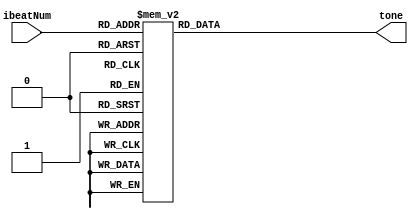
//
//
//
//

`define NM1 32'd466 //bB_freq
`define NM2 32'd523 //C_freq
`define NM3 32'd587 //D_freq
`define NM4 32'd622 //bE_freq
`define NM5 32'd698 //F_freq
`define NM6 32'd784 //G_freq
`define NM7 32'd880 //A_freq
`define NM0 32'd20000 //slience (over freq.)

module Music (
	input [7:0] ibeatNum,	
	output reg [31:0] tone
);

always @(*) begin
	case (ibeatNum)		// 1/4 beat
		8'd0 : tone = `NM0;	//3
		8'd1 : tone = `NM3;
		8'd2 : tone = `NM3;
		8'd3 : tone = `NM3;
		8'd4 : tone = `NM1;	//1
		8'd5 : tone = `NM1;
		8'd6 : tone = `NM1;
		8'd7 : tone = `NM1;
		8'd8 : tone = `NM2;	//2
		8'd9 : tone = `NM2;
		8'd10 : tone = `NM2;
		8'd11 : tone = `NM2;
		8'd12 : tone = `NM6 >> 1;	//6-
		8'd13 : tone = `NM6 >> 1;
		8'd14 : tone = `NM6 >> 1;
		8'd15 : tone = `NM6 >> 1;
		
		8'd16 : tone = `NM3;
		8'd17 : tone = `NM3;
		8'd18 : tone = `NM2;
		8'd19 : tone = `NM2;
		8'd20 : tone = `NM1;
		8'd21 : tone = `NM1;
		8'd22 : tone = `NM2;
		8'd23 : tone = `NM2;
		8'd24 : tone = `NM6 >> 1;
		8'd25 : tone = `NM6 >> 1;
		8'd26 : tone = `NM6 >> 1;
		8'd27 : tone = `NM6 >> 1;
		8'd28 : tone = `NM0;
		8'd29 : tone = `NM0;
		8'd30 : tone = `NM0;
		8'd31 : tone = `NM0;
		
		8'd32 : tone = `NM3;
		8'd33 : tone = `NM3;
		8'd34 : tone = `NM3;
		8'd35 : tone = `NM3;
		8'd36 : tone = `NM1;
		8'd37 : tone = `NM1;
		8'd38 : tone = `NM1;
		8'd39 : tone = `NM1;
		8'd40 : tone = `NM2;
		8'd41 : tone = `NM2;
		8'd42 : tone = `NM2;
		8'd43 : tone = `NM2;
		8'd44 : tone = `NM2;
		8'd45 : tone = `NM2;
		8'd46 : tone = `NM2;
		8'd47 : tone = `NM2;
		
		8'd48 : tone = `NM5;
		8'd49 : tone = `NM5;
		8'd50 : tone = `NM3;
		8'd51 : tone = `NM3;
		8'd52 : tone = `NM7 >> 1;
		8'd53 : tone = `NM7 >> 1;
		8'd54 : tone = `NM7 >> 1;
		8'd55 : tone = `NM7 >> 1;
		8'd56 : tone = `NM1;
		8'd57 : tone = `NM1;
		8'd58 : tone = `NM1;
		8'd59 : tone = `NM1;
		8'd60 : tone = `NM1;
		8'd61 : tone = `NM1;
		8'd62 : tone = `NM7 >> 1;
		8'd63 : tone = `NM7 >> 1;
		
		8'd64 : tone = `NM6 >> 1;
		8'd65 : tone = `NM6 >> 1;
		8'd66 : tone = `NM6 >> 1;
		8'd67 : tone = `NM6 >> 1;
		8'd68 : tone = `NM7 >> 1;
		8'd69 : tone = `NM7 >> 1;
		8'd70 : tone = `NM1;
		8'd71 : tone = `NM1;
		8'd72 : tone = `NM2;
		8'd73 : tone = `NM2;
		8'd74 : tone = `NM2;
		8'd75 : tone = `NM2;
		8'd76 : tone = `NM5 >> 1;
		8'd77 : tone = `NM5 >> 1;
		8'd78 : tone = `NM5 >> 1;
		8'd79 : tone = `NM5 >> 1;
		
		8'd80 : tone = `NM6;
		8'd81 : tone = `NM6;
		8'd82 : tone = `NM5;
		8'd83 : tone = `NM5;
		8'd84 : tone = `NM3;
		8'd85 : tone = `NM3;
		8'd86 : tone = `NM3;
		8'd87 : tone = `NM3;
		8'd88 : tone = `NM3;
		8'd89 : tone = `NM3;
		8'd90 : tone = `NM3;
		8'd91 : tone = `NM3;
		8'd92 : tone = `NM3;
		8'd93 : tone = `NM3;
		8'd94 : tone = `NM2;
		8'd95 : tone = `NM2;
		
		8'd96 : tone = `NM1;
		8'd97 : tone = `NM1;
		8'd98 : tone = `NM1;
		8'd99 : tone = `NM1;
		8'd100 : tone = `NM2;
		8'd101 : tone = `NM2;
		8'd102 : tone = `NM3;
		8'd103 : tone = `NM3;
		8'd104 : tone = `NM2;
		8'd105 : tone = `NM2;
		8'd106 : tone = `NM3;
		8'd107 : tone = `NM3;
		8'd108 : tone = `NM2;
		8'd109 : tone = `NM2;
		8'd110 : tone = `NM3;
		8'd111 : tone = `NM5;
		
		8'd112 : tone = `NM5;
		8'd113 : tone = `NM5;
		8'd114 : tone = `NM5;
		8'd115 : tone = `NM0;
		8'd116 : tone = `NM5;
		8'd117 : tone = `NM0;
		8'd118 : tone = `NM5;
		8'd119 : tone = `NM0;
		8'd120 : tone = `NM5;
		8'd121 : tone = `NM0;
		8'd122 : tone = `NM5;
		8'd123 : tone = `NM0;
		8'd124 : tone = `NM5;
		8'd125 : tone = `NM5;
		8'd126 : tone = `NM5;
		8'd127 : tone = `NM0;
		
		8'd128 : tone = `NM3;	//3
		8'd129 : tone = `NM3;
		8'd130 : tone = `NM3;
		8'd131 : tone = `NM3;
		8'd132 : tone = `NM1;	//1
		8'd133 : tone = `NM1;
		8'd134 : tone = `NM1;
		8'd135 : tone = `NM1;
		8'd136 : tone = `NM2;	//2
		8'd137 : tone = `NM2;
		8'd138 : tone = `NM2;
		8'd139 : tone = `NM2;
		8'd140 : tone = `NM6 >> 1;	//6
		8'd141 : tone = `NM6 >> 1;
		8'd142 : tone = `NM6 >> 1;
		8'd143 : tone = `NM6 >> 1;
		
		8'd144 : tone = `NM3;
		8'd145 : tone = `NM3;
		8'd146 : tone = `NM2;
		8'd147 : tone = `NM2;
		8'd148 : tone = `NM1;
		8'd149 : tone = `NM1;
		8'd150 : tone = `NM2;
		8'd151 : tone = `NM2;
		8'd152 : tone = `NM6 >> 1;
		8'd153 : tone = `NM6 >> 1;
		8'd154 : tone = `NM6 >> 1;
		8'd155 : tone = `NM6 >> 1;
		8'd156 : tone = `NM0;
		8'd157 : tone = `NM0;
		8'd158 : tone = `NM0;
		8'd159 : tone = `NM0;
		
		8'd160 : tone = `NM3;
		8'd161 : tone = `NM3;
		8'd162 : tone = `NM3;
		8'd163 : tone = `NM3;
		8'd164 : tone = `NM1;
		8'd165 : tone = `NM1;
		8'd166 : tone = `NM1;
		8'd167 : tone = `NM1;
		8'd168 : tone = `NM2;
		8'd169 : tone = `NM2;
		8'd170 : tone = `NM2;
		8'd171 : tone = `NM2;
		8'd172 : tone = `NM2;
		8'd173 : tone = `NM2;
		8'd174 : tone = `NM2;
		8'd175 : tone = `NM2;
		
		8'd176 : tone = `NM5;
		8'd177 : tone = `NM5;
		8'd178 : tone = `NM3;
		8'd179 : tone = `NM3;
		8'd180 : tone = `NM7 >> 1;
		8'd181 : tone = `NM7 >> 1;
		8'd182 : tone = `NM7 >> 1;
		8'd183 : tone = `NM7 >> 1;
		8'd184 : tone = `NM1;
		8'd185 : tone = `NM1;
		8'd186 : tone = `NM1;
		8'd187 : tone = `NM1;
		8'd188 : tone = `NM1;
		8'd189 : tone = `NM1;
		8'd190 : tone = `NM7 >> 1;
		8'd191 : tone = `NM7 >> 1;
		
		8'd192 : tone = `NM6 >> 1;
		8'd193 : tone = `NM6 >> 1;
		8'd194 : tone = `NM6 >> 1;
		8'd195 : tone = `NM6 >> 1;
		8'd196 : tone = `NM7 >> 1;
		8'd197 : tone = `NM7 >> 1;
		8'd198 : tone = `NM1;
		8'd199 : tone = `NM1;
		8'd200 : tone = `NM2;
		8'd201 : tone = `NM2;
		8'd202 : tone = `NM2;
		8'd203 : tone = `NM2;
		8'd204 : tone = `NM5 >> 1;
		8'd205 : tone = `NM5 >> 1;
		8'd206 : tone = `NM5 >> 1;
		8'd207 : tone = `NM5 >> 1;
		
		8'd208 : tone = `NM6;
		8'd209 : tone = `NM6;
		8'd210 : tone = `NM5;
		8'd211 : tone = `NM5;
		8'd212 : tone = `NM3;
		8'd213 : tone = `NM3;
		8'd214 : tone = `NM3;
		8'd215 : tone = `NM3;
		8'd216 : tone = `NM3;
		8'd217 : tone = `NM3;
		8'd218 : tone = `NM3;
		8'd219 : tone = `NM3;
		8'd220 : tone = `NM3;
		8'd221 : tone = `NM3;
		8'd222 : tone = `NM2;
		8'd223 : tone = `NM2;
		
		8'd224 : tone = `NM1;
		8'd225 : tone = `NM1;
		8'd226 : tone = `NM1;
		8'd227 : tone = `NM1;
		8'd228 : tone = `NM2;
		8'd229 : tone = `NM2;
		8'd230 : tone = `NM3;
		8'd231 : tone = `NM3;
		8'd232 : tone = `NM2;
		8'd233 : tone = `NM2;
		8'd234 : tone = `NM2;
		8'd235 : tone = `NM2;
		8'd236 : tone = `NM5 >> 1;
		8'd237 : tone = `NM5 >> 1;
		8'd238 : tone = `NM5 >> 1;
		8'd239 : tone = `NM5 >> 1;
		
		8'd240 : tone = `NM6 >> 1;
		8'd241 : tone = `NM6 >> 1;
		8'd242 : tone = `NM6 >> 1;
		8'd243 : tone = `NM6 >> 1;
		8'd244 : tone = `NM6 >> 1;
		8'd245 : tone = `NM6 >> 1;
		8'd246 : tone = `NM1;
		8'd247 : tone = `NM1;
		8'd248 : tone = `NM6 >> 1;
		8'd249 : tone = `NM6 >> 1;
		8'd250 : tone = `NM6 >> 1;
		8'd251 : tone = `NM6 >> 1;
		8'd252 : tone = `NM0;
		8'd253 : tone = `NM0;
		8'd254 : tone = `NM0;
		8'd255 : tone = `NM0;
		
		default : tone = `NM0;
	endcase
end

endmodule